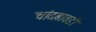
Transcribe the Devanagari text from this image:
चांदबावडी